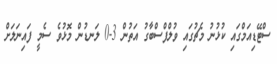
ސްޓޭޑިއަމްގައި ކުޅުނު މެޗުގައި ވުލްފްސްބާގު އަތުން 3-0 ލަނޑުން މޮޅުވެ ސެމީ ފައިނަލަށް